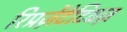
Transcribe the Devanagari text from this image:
रिप्रज़ेंटेटिवज़